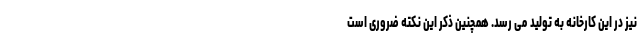
نیز در این کارخانه به تولید می رسد. همچنین ذکر این نکته ضروری است